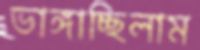
ভাঙ্গাচ্ছিলাম